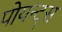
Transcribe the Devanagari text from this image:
पोयन्ट्‌स